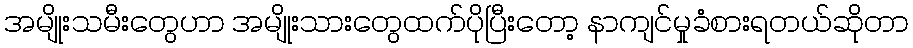
အမျိုးသမီးတွေဟာ အမျိုးသားတွေထက်ပိုပြီးတော့ နာကျင်မှုခံစားရတယ်ဆိုတာ